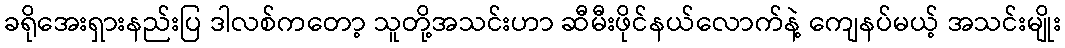
ခရိုအေးရှားနည်းပြ ဒါလစ်ကတော့ သူတို့အသင်းဟာ ဆီမီးဖိုင်နယ်လောက်နဲ့ ကျေနပ်မယ့် အသင်းမျိုး